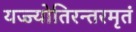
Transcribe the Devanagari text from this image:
यज्ज्योतिरन्तरमृतं